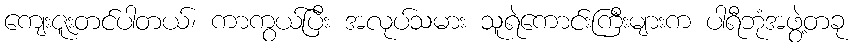
ကျေးဇူးတင်ပါတယ်၊ ကာကွယ်ပြီး အလုပ်သမား သူရဲကောင်းကြီးများက ပါရီဘုံအဖွဲ့တခု